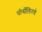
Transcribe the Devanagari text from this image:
पोर्सेलिनचे